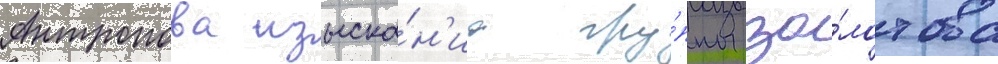
Антропова изыска́н'иа гру́ппы зо́лотова